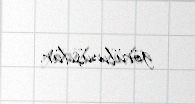
görülmüşdür.